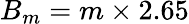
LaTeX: B_{m}=m\times 2.65